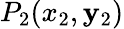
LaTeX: P_{2}(x_{2},\mathbf{y}_{2})